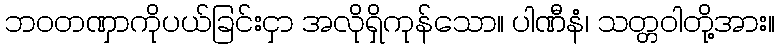
ဘဝတဏှာကိုပယ်ခြင်းငှာ အလိုရှိကုန်သော။ ပါဏီနံ၊ သတ္တဝါတို့အား။